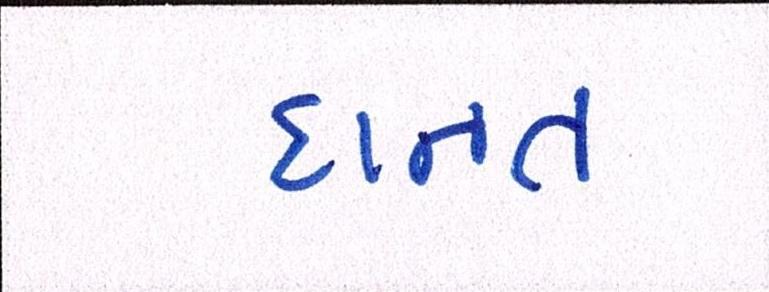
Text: દાનત